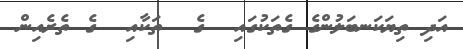
އަދި ތިޔަކަނބަލުންގެ ގެތަކުގައި  ގެ  ތަކާއި  ގެ ތެރެއިން